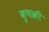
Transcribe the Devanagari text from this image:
कुचक्री